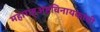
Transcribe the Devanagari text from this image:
महाराष्ट्अष्टविनायकांची